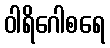
ဝါရိဂေါစရေ